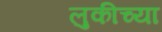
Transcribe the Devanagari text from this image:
लुकीच्या